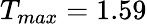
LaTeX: T_{max}=1.59